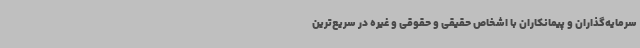
سرمایه‌گذاران و پیمانکاران با اشخاص حقیقی و حقوقی و غیره در سریع‌ترین